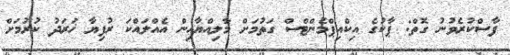
ފާސްކުރެވުނު ގޮތް: ޕާކުގެ އިކްއިޕްމެންޓްސް ގަތުމަށް މާލިއްޔާއިން އެއްލައްކަ ރުފިޔާ ޚަރަދު ކުރުމަށް